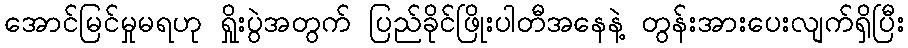
အောင်မြင်မှုမရဟု ရှိုးပွဲအတွက် ပြည်ခိုင်ဖြိုးပါတီအနေနဲ့ တွန်းအားပေးလျက်ရှိပြီး